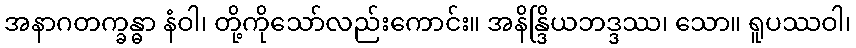
အနာဂတက္ခန္ဓာ နံဝါ၊ တို့ကိုသော်လည်းကောင်း။ အနိန္ဒြိယဘဒ္ဒဿ၊ သော။ ရူပဿဝါ၊